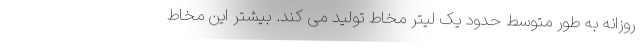
روزانه به طور متوسط حدود یک لیتر مخاط تولید می کند. بیشتر این مخاط